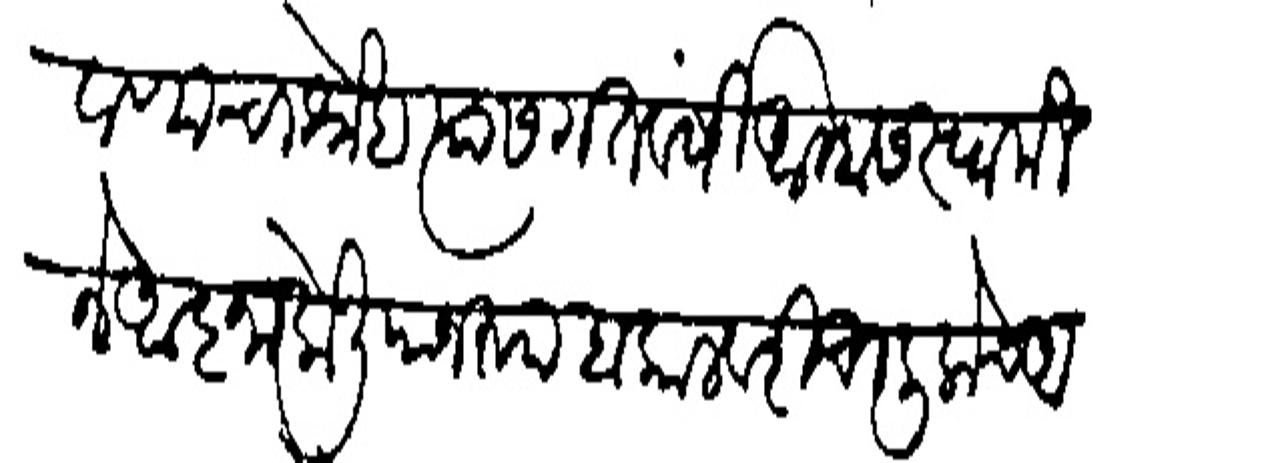
Transliteration (Devanagari): चवाणाचा श्र्नेह त्यास गतवर्षीं आम्हास स्वामी ने आना केलीयानरप हा कालवरी चालिलोच आहो